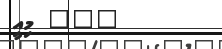
١٢٩ މިއީ